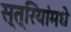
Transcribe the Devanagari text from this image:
स्त्रियांमधे